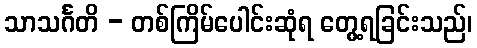
သာသင်္ဂတိ - တစ်ကြိမ်ပေါင်းဆုံရ တွေ့ရခြင်းသည်၊